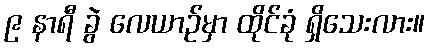
၉ နာရီ ခွဲ လေယာဉ်မှာ ထိုင်ခုံ ရှိသေးလား။